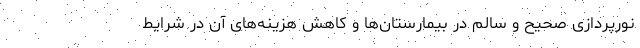
نورپردازی صحیح و سالم در بیمارستان‌ها و کاهش هزینه‌های آن در شرایط